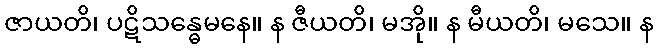
ဇာယတိ၊ ပဋိသန္ဓေမနေ။ န ဇီယတိ၊ မအို။ န မီယတိ၊ မသေ။ န